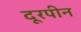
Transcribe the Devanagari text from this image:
दूरपीन